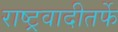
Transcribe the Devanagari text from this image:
राष्ट्रवादीतर्फे